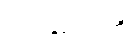
လက်နှစ်ဖက်ကို